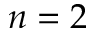
n = 2